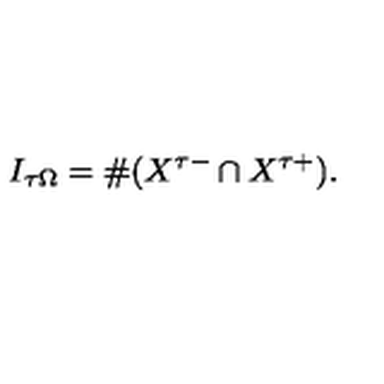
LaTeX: I _ { \tau \Omega } = \# ( X ^ { \tau - } \cap X ^ { \tau + } ) .